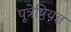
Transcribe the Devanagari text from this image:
पूत्रेष्ठियज्ञ